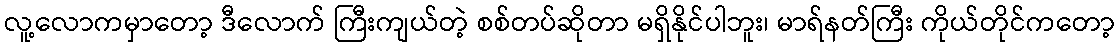
လူ့လောကမှာတော့ ဒီလောက် ကြီးကျယ်တဲ့ စစ်တပ်ဆိုတာ မရှိနိုင်ပါဘူး၊ မာရ်နတ်ကြီး ကိုယ်တိုင်ကတော့